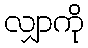
လျှာကို